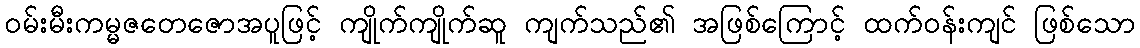
ဝမ်းမီးကမ္မဇတေဇောအပူဖြင့် ကျိုက်ကျိုက်ဆူ ကျက်သည်၏ အဖြစ်ကြောင့် ထက်ဝန်းကျင် ဖြစ်သော